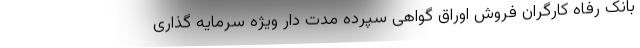
بانک رفاه کارگران فروش اوراق گواهی سپرده مدت دار ویژه سرمایه گذاری